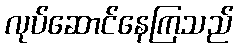
လုပ်ဆောင်နေကြသည်